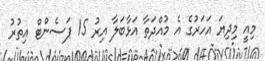
މިއީ މިދިޔަ އަހަރުގެ އެ މުއްދަތާ އަޅާބަލާ އިރު 15 ޕަސެންޓް އިތުރު